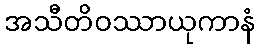
အသီတိဝဿာယုကာနံ